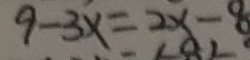
9 - 3 x = 2 x - 8